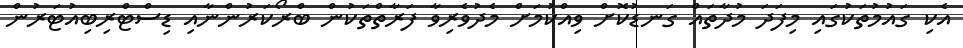
އެކި ގައުމުތަކުގައި މިފަދަ މުދާތައް ގަނޑުކޮށް ވިއްކުމަށް މެދުވެރިވާ ފަރާތްތަކުން ބްރޯކަރުންނާއި ޑިސްޓްރިބިއުޓަރުން